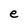
Character: e